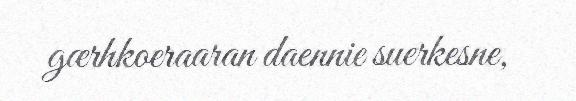
gærhkoeraaran daennie suerkesne,